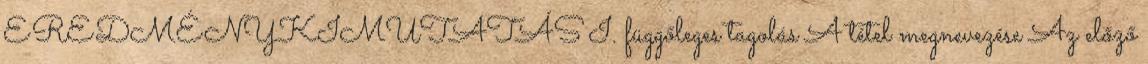
EREDMÉNYKIMUTATÁS I. függőleges tagolás A tétel megnevezése Az előző